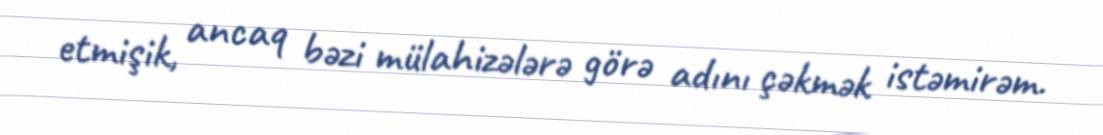
etmişik, ancaq bəzi mülahizələrə görə adını çəkmək istəmirəm.